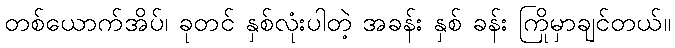
တစ်ယောက်အိပ်၊ ခုတင် နှစ်လုံးပါတဲ့ အခန်း နှစ် ခန်း ကြိုမှာချင်တယ်။